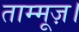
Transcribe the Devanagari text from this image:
ताम्मूज़।